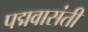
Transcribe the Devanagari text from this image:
पद्मवासंती